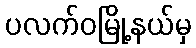
ပလက်ဝမြို့နယ်မှ